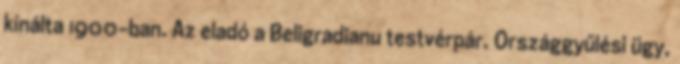
kínálta 1900-ban. Az eladó a Beligradianu testvérpár. Országgyűlési ügy,